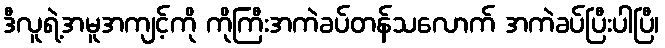
ဒီလူရဲ့အမူအကျင့်ကို ကိုကြီးအကဲခပ်တန်သလောက် အကဲခပ်ပြီးပါပြီ၊